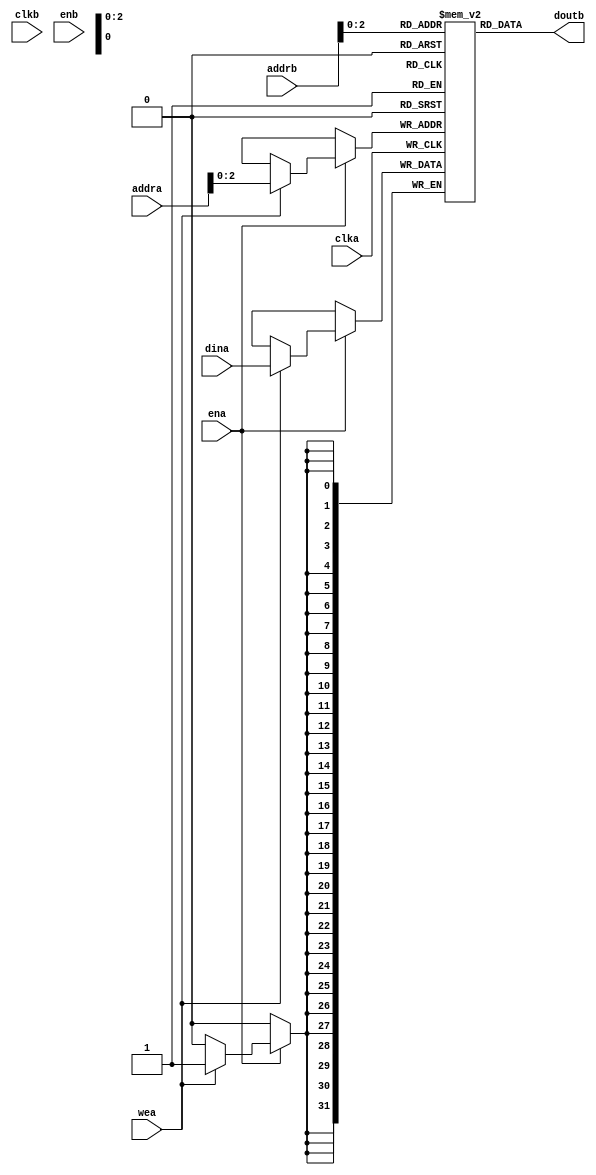
module ram_blk #(
    parameter ADDR_BITS = 5,
    parameter DATA_BITS = 32
)
(
    input [(ADDR_BITS - 1):0] addra,
    input clka,
    input [(DATA_BITS - 1):0] dina,
    input ena,
    input wea,

    input [(ADDR_BITS - 1):0] addrb,
    input clkb,
    output [(DATA_BITS - 1):0] doutb,
    input enb
);

    reg [(DATA_BITS - 1):0] ram [(ADDR_BITS - 1):0];
    //reg [(ADDR_BITS - 1):0] read_addrb;
    reg [(DATA_BITS - 1):0] doutb_r;
 
    always @(posedge clka) begin
        if (ena) begin
            if (wea)
                ram[addra] <= dina;
            //read_addra <= addra;
        end
    end

    /*always @(posedge clkb) begin
        if (enb)  
            doutb_r <= ram[addrb];  
    end
    assign doutb = doutb_r;
    */
  //assign douta = ram[read_addra];
  assign doutb = ram[addrb];
  //
endmodule